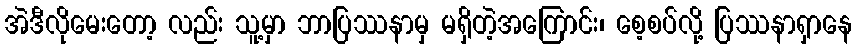
အဲဒီလိုမေးတော့ လည်း သူ့မှာ ဘာပြဿနာမှ မရှိတဲ့အကြောင်း၊ စေ့စပ်လို့ ပြဿနာရှာနေ